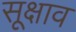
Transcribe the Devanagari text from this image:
सूक्षाव